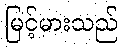
မြင့်မားသည်